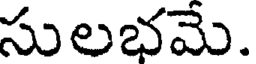
సులభమే.